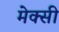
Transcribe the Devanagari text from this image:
मेक्सी